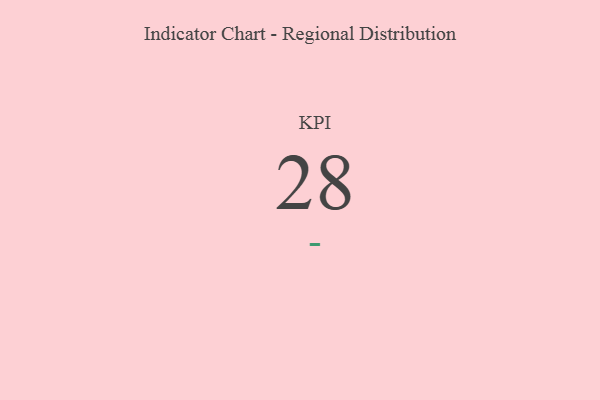
{"axis": {"x": "KPI", "y": "Value"}, "legend": [""], "data": [{"x": "KPI", "y": 28, "type": ""}]}